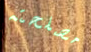
مصلحته